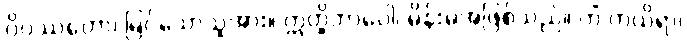
ဝိပဿတော၊ မြင်သောသူအား။ ဣတ္ထိဘာဝေါ၊ မိန်းမအဖြစ်သည်။ ကိံ ကယိရာ၊